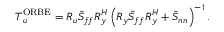
\boldsymbol { T } _ { \boldsymbol { u } } ^ { \mathrm { O R B E } } = \boldsymbol { R _ { u } } \boldsymbol { \tilde { S } _ { f f } } \boldsymbol { R } _ { \boldsymbol { y } } ^ { H } \left( \boldsymbol { R _ { y } } \boldsymbol { \tilde { S } _ { f f } } \boldsymbol { R } _ { \boldsymbol { y } } ^ { H } + \boldsymbol { \tilde { S } _ { n n } } \right) ^ { - 1 } .